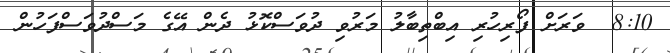
8:10  ވަރަށް ފޯރިހުރި އިބްތިބާލު މަރުވި ދުވަސްކޮޅު ދެން އޭގެ މަސްދުވަސްފަހުން